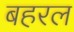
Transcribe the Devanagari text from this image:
बहरल